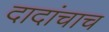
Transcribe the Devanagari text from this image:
दादांचाच